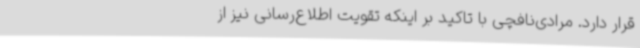
قرار دارد. مرادی‌نافچی با تاکید بر اینکه تقویت اطلاع‌رسانی نیز از